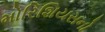
મોરિશિયસનો